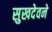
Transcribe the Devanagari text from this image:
सुखदेवने